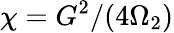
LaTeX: \chi=G^{2}/(4\Omega_{2})